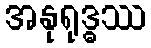
အနုရုဒ္ဓဿ